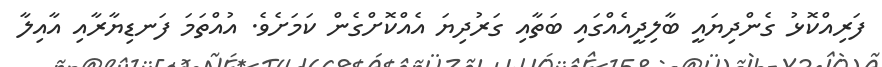
ފަރިއްކޮޅު ގެންދިޔައީ ބާލިދީއެއްގައި ބަތާއި ގަރުދިޔަ އެއްކޮށްގެން ކަމަށެވެ. އުއްތަމަ ފަނޑިޔާރާއި އާއިލާ